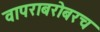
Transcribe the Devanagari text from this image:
वापराबरोबरच